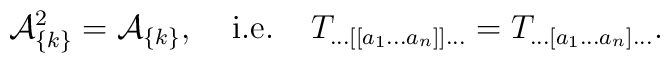
{\cal A}^{2}_{\{k\} } = {\cal A}_{\{k\} } ,\;\;\;\; \mbox{i.e.}\;\; \;\;T_{\ldots [[a_{1}\ldots a_{n}]] \ldots}=T_{\ldots [a_{1}\ldots a_{n}] \ldots}.